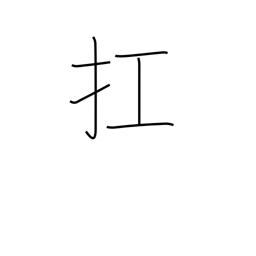
Meaning: raise